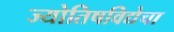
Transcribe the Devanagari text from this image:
ज्योतिषविद्येचा